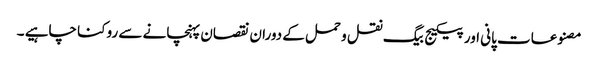
مصنوعات پانی اور پیکیج بیگ نقل و حمل کے دوران نقصان پہنچانے سے روکنا چاہیے ۔